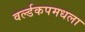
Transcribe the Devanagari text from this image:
वर्ल्डकपमधला